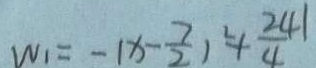
W _ { 1 } = - ( x - \frac { 7 } { 2 } ) ^ { 2 } + \frac { 2 4 1 } { 4 }